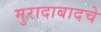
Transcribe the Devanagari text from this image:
मुरादाबादचे